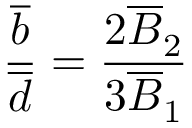
\frac { \overline { { { b } } } } { \overline { { { d } } } } = \frac { 2 \overline { { { B } } } _ { 2 } } { 3 \overline { { { B } } } _ { 1 } }